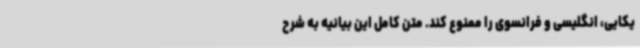
یکایی، انگلیسی و فرانسوی را ممنوع کند. متن کامل این بیانیه به شرح